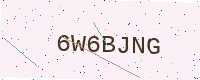
Text: 6W6BJNG